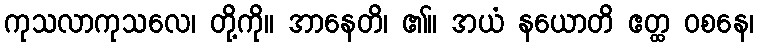
ကုသလာကုသလေ၊ တို့ကို။ အာနေတိ၊ ၏။ အယံ နယောတိ ဧတ္ထ ဝစနေ၊